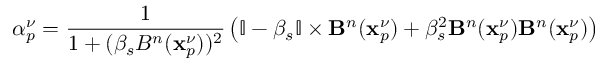
{ \alpha } _ { p } ^ { \nu } = \frac { 1 } { 1 + ( \beta _ { s } B ^ { n } ( \mathbf { x } _ { p } ^ { \nu } ) ) ^ { 2 } } \left( \mathbb { I } - \beta _ { s } \mathbb { I } \times \mathbf { B } ^ { n } ( \mathbf { x } _ { p } ^ { \nu } ) + \beta _ { s } ^ { 2 } \mathbf { B } ^ { n } ( \mathbf { x } _ { p } ^ { \nu } ) \mathbf { B } ^ { n } ( \mathbf { x } _ { p } ^ { \nu } ) \right)